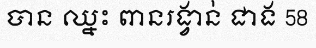
បាន ឈ្នះ ពានរង្វាន់ ជាង 58